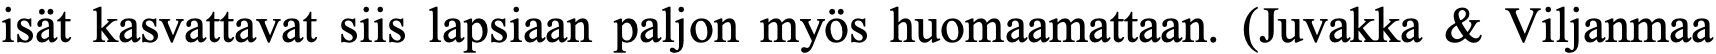
isät kasvattavat siis lapsiaan paljon myös huomaamattaan. (Juvakka & Viljanmaa